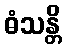
ဓံသန္တိ